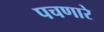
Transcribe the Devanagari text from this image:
पचणारे